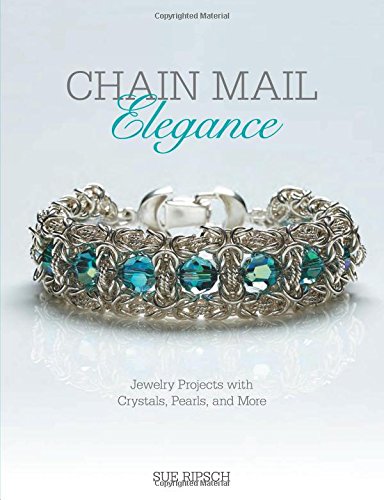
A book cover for Chain Mail Elegance: Jewelry Projects with Crystals, Pearls, and More; Sue Ripsch; Crafts, Hobbies & Home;